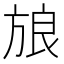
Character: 𰕫